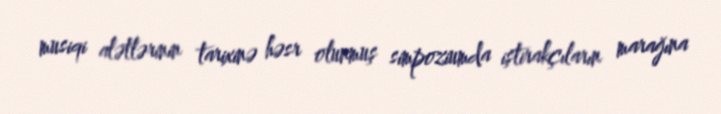
musiqi alətlərinin tarixinə həsr olunmuş simpoziumda iştirakçıların marağına